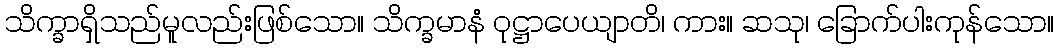
သိက္ခာရှိသည်မူလည်းဖြစ်သော။ သိက္ခမာနံ ဝုဋ္ဌာပေယျာတိ၊ ကား။ ဆသု၊ ခြောက်ပါးကုန်သော။